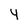
Character: 4